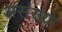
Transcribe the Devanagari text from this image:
असंख्या